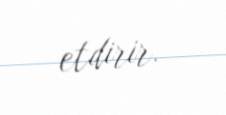
etdirir.